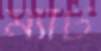
ম্যাট